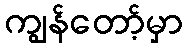
ကျွန်တော့်မှာ